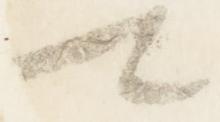
可